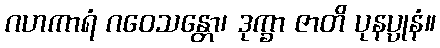
ဂဟကာရံ ဂဝေသန္တော၊ ဒုက္ခာ ဇာတိ ပုနပ္ပုနံ။